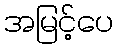
အမြင့်ပေ